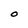
Character: O